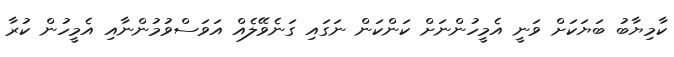
ކާމިޔާބު ބަޔަކަށް ވަނީ އެމީހުންނަށް ކަންކަން ނަގައި ގަނެވޭލެއް އަވަސްވުމުންނާއި އެމީހުން ކުރާ